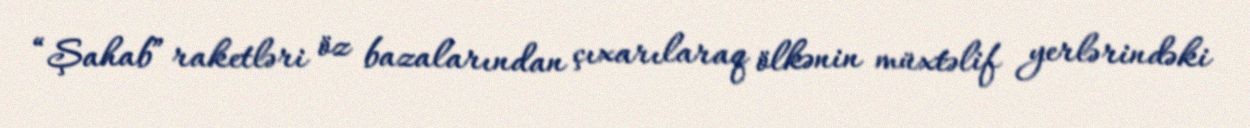
“Şahab” raketləri öz bazalarından çıxarılaraq ölkənin müxtəlif yerlərindəki